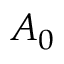
A _ { 0 }